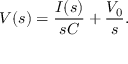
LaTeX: V ( s ) = { \frac { I ( s ) } { s C } } + { \frac { V _ { 0 } } { s } } .